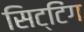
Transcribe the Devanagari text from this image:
सिट्टिंग